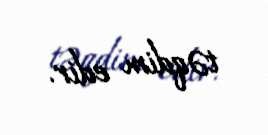
təqdim edir.